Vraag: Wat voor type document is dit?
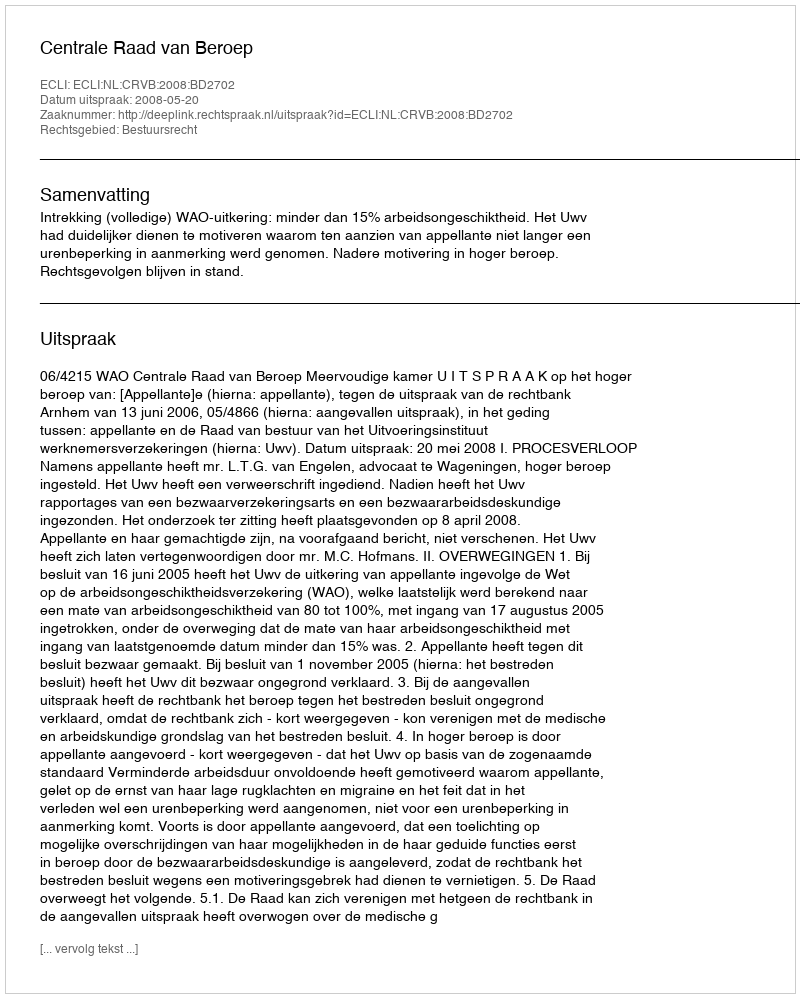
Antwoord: Uitspraak